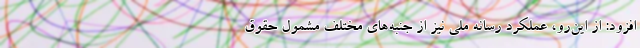
افزود: از این‌رو، عملکرد رسانه ملی نیز از جنبه‌های مختلف مشمول حقوق